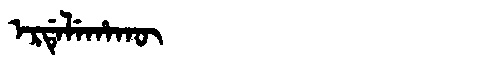
Manchu: ᡝᡵᡩᡝᠯᡝᡥᠠᡴᡡ
Romanization: ERDELEHAKŪ